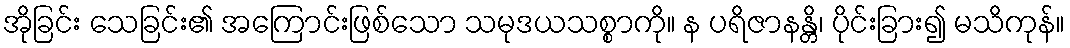
အိုခြင်း သေခြင်း၏ အကြောင်းဖြစ်သော သမုဒယသစ္စာကို။ န ပရိဇာနန္တိ၊ ပိုင်းခြား၍ မသိကုန်။